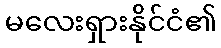
မလေးရှားနိုင်ငံ၏